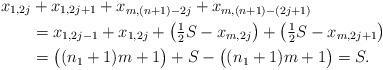
LaTeX: \begin{align*}x_{1,2j} &+ x_{1,2j+1} + x_{m,(n+1)-2j} + x_{m,(n+1)-(2j+1)} \\&= x_{1,2j-1} + x_{1,2j} + \bigl( \tfrac{1}{2} S - x_{m,2j} \bigr) + \bigl( \tfrac{1}{2} S - x_{m,2j+1} \bigr) \\&= \bigl( (n_1 +1) m +1 \bigr) + S - \bigl( (n_1 +1) m +1 \bigr) =S.\end{align*}